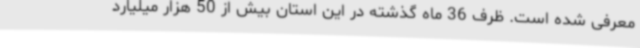
معرفی شده است. ظرف 36 ماه گذشته در این استان بیش از 50 هزار میلیارد